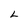
Character: L